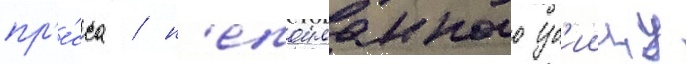
пр'е́сса / н'епоиманного уб'иицу